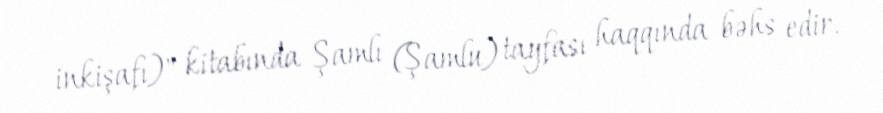
inkişafı)" kitabında Şamlı (Şamlu) tayfası haqqında bəhs edir.